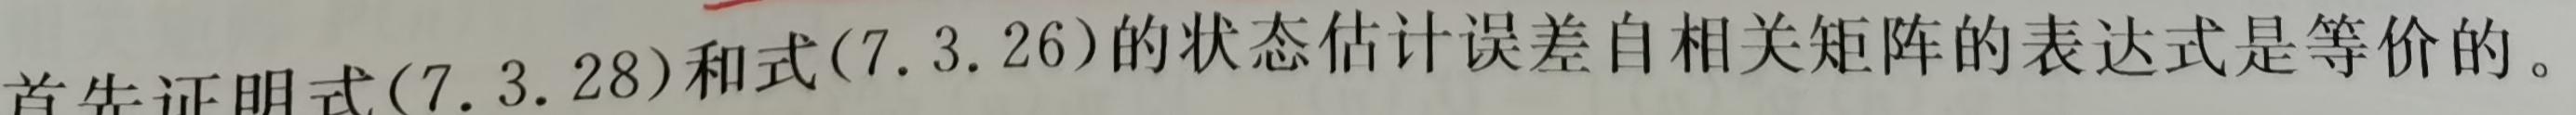
首先证明式(7.3.28)和式(7.3.26)的状态估计误差自相关矩阵的表达式是等价的。